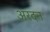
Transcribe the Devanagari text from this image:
अरदन